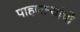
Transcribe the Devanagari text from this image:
पाहणाऱ्यांची